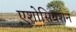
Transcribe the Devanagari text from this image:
एशोसियशन